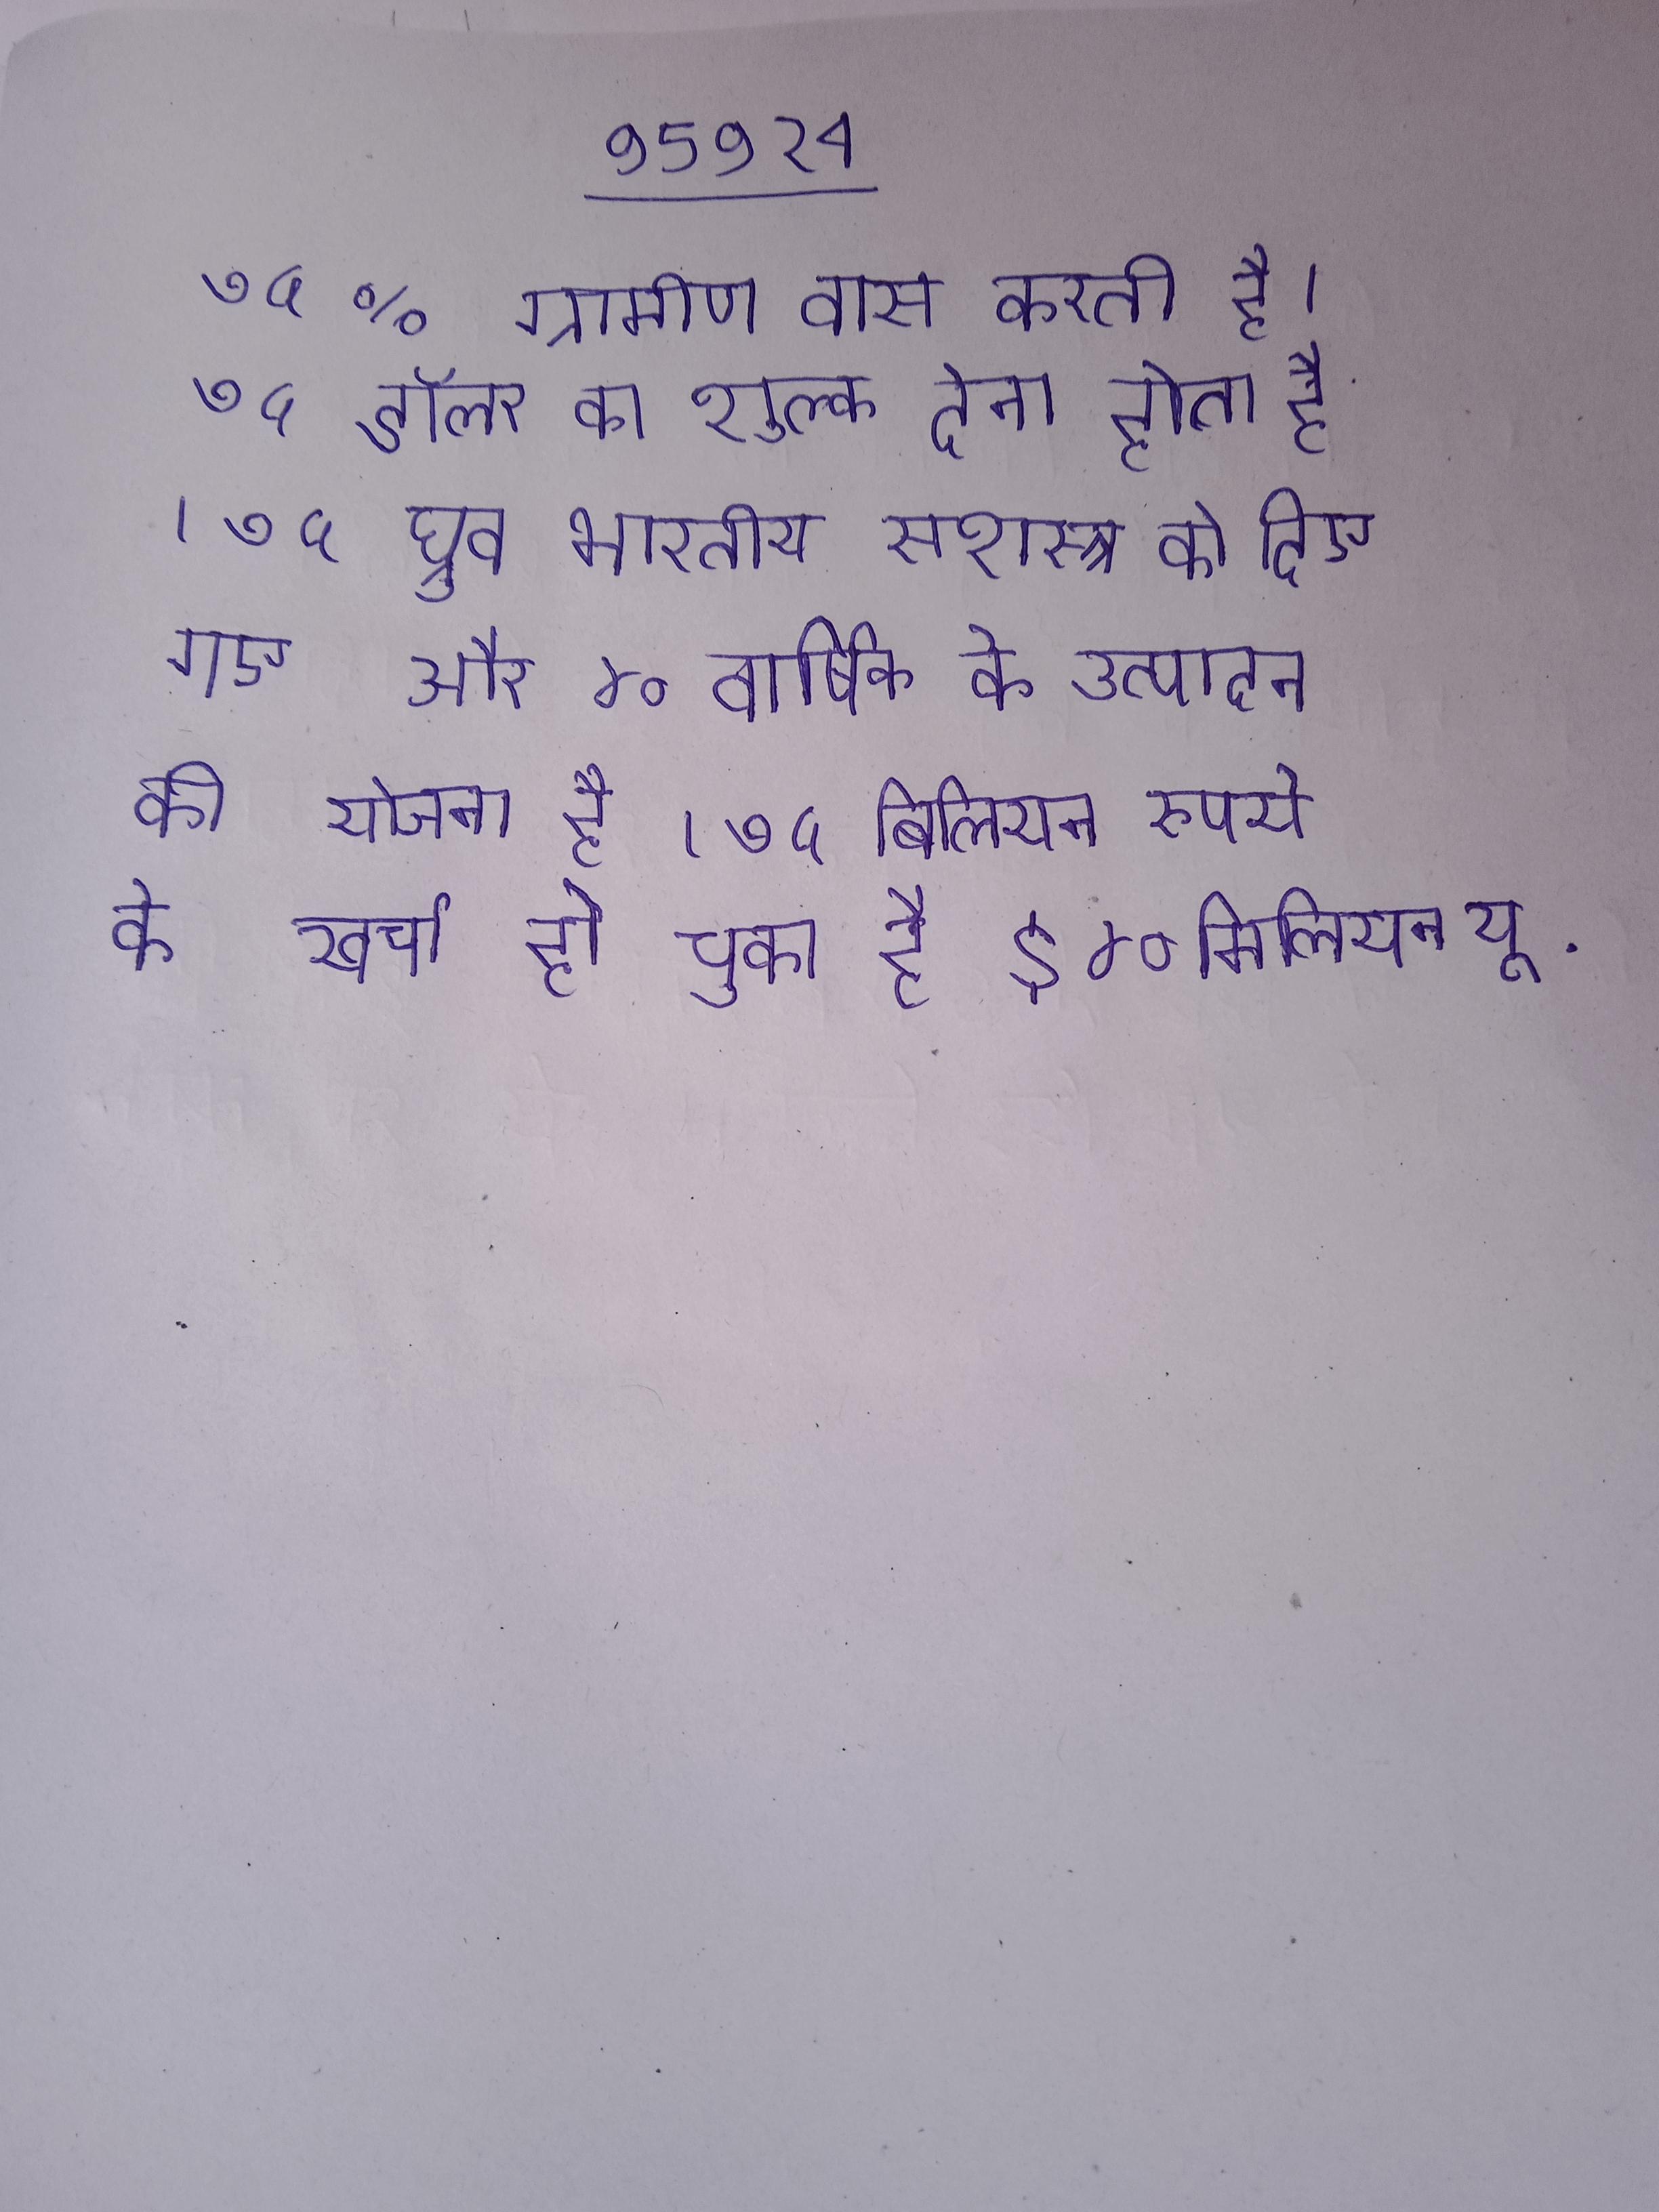
७५% ग्रामीण वास करती है । ७५ डॉलर का शुल्क देना होता है । ७५ ध्रुव भारतीय सशस्त्र को दिए गए और ४० वार्षिक के उत्पादन की योजना है । ७५ बिलियन रुपये का खर्चा हो चुका है $४० मिलियन यू .